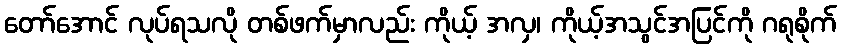
တော်အောင် လုပ်ရသလို တစ်ဖက်မှာလည်း ကိုယ့် အလှ၊ ကိုယ့်အသွင်အပြင်ကို ဂရုစိုက်